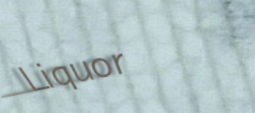
Liquor